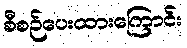
စီစဉ်ပေးထားကြောင်း